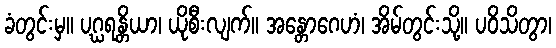
ခံတွင်းမှ။ ပဂ္ဃရန္တိယာ၊ ယိုစီးလျက်။ အန္တောဂေဟံ၊ အိမ်တွင်းသို့။ ပဝိသိတွာ၊